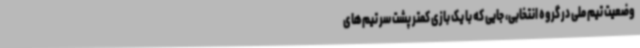
وضعیت تیم ملی در گروه انتخابی، جایی که با یک بازی کمتر پشت سر تیم‌های